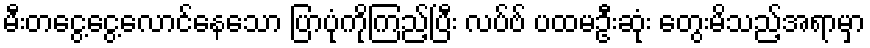
မီးတငွေ့ငွေ့လောင်နေသော ပြာပုံကိုကြည့်ပြီး လပ်ဗ် ပထမဦးဆုံး တွေးမိသည့်အရာမှာ